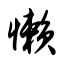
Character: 懒